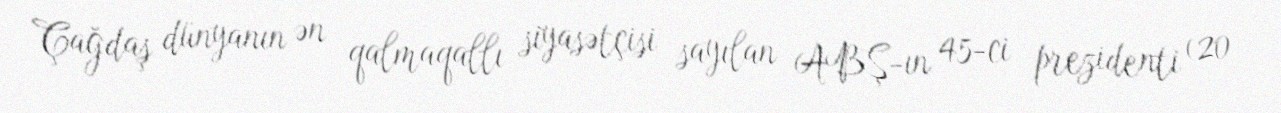
Çağdaş dünyanın ən qalmaqallı siyasətçisi sayılan ABŞ-ın 45-ci prezidenti (20